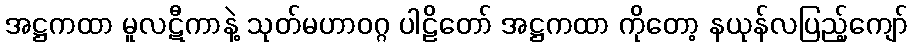
အဋ္ဌကထာ မူလဋီကာနဲ့ သုတ်မဟာဝဂ္ဂ ပါဠိတော် အဋ္ဌကထာ ကိုတော့ နယုန်လပြည့်ကျော်